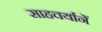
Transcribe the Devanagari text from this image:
साहचर्यानें